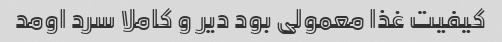
کیفیت غذا معمولی بود دیر و کاملا سرد اومد